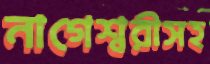
নাগেশ্বরীসহ